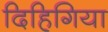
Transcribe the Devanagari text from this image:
दिहिगिया